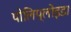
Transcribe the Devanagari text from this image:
पोलिप्लोइड।